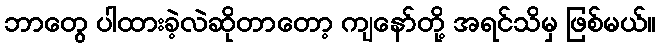
ဘာတွေ ပါထားခဲ့လဲဆိုတာတော့ ကျနော်တို့ အရင်သိမှ ဖြစ်မယ်။